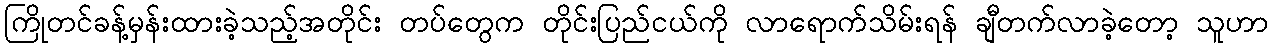
ကြိုတင်ခန့်မှန်းထားခဲ့သည့်အတိုင်း တပ်တွေက တိုင်းပြည်ငယ်ကို လာရောက်သိမ်းရန် ချီတက်လာခဲ့တော့ သူဟာ